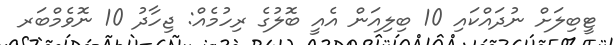
ޓީބިލަށް ނުދައްކައި 10 ބިލިއަން އެއީ ބޮލުގެ ރިހުމެއް: ޖިހާދު 10 ނޮވެމްބަރ